Annual report of the Civil Veterinary Department, Bengal, for the year 1897-98 - 1897-1898
Year: 1897
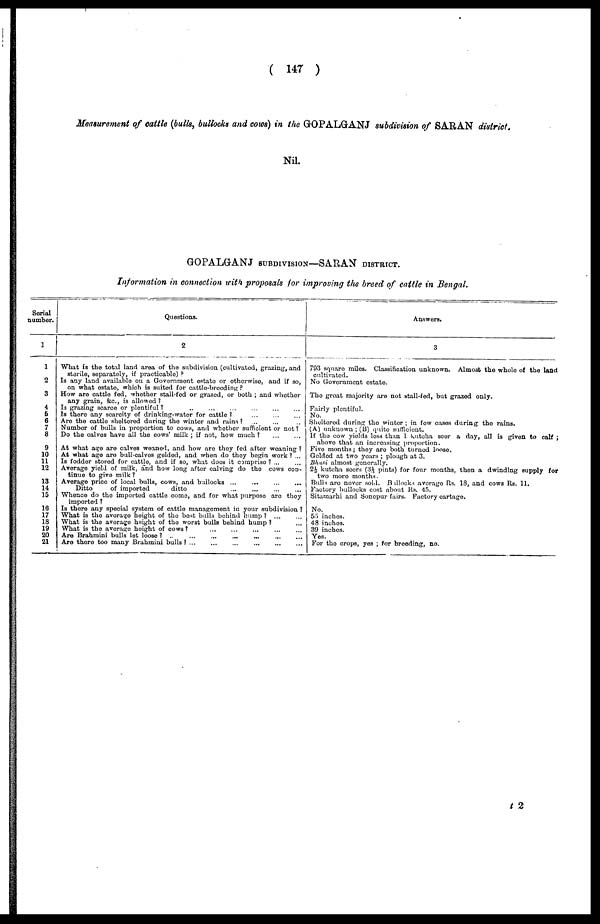
( 147 )
Measurement of cattle (bulls, bullocks and cows) in the GOPALGANJ subdivision of SARAN district.
Nil.
GOPALGANJ SUBDIVISION—SARAN DISTRICT.
Information in connection with proposals for improving the breed of cattle in Bengal.
Serial
number.
1
1
2
3
4
5
6
7
8
9
10
11
12
13
14
15
16
17
18
19
20
21
Questions.
2
What is the total land area of the subdivision (cultivated, grazing, and
sterile, separately, if practicable) ?
Is any land available on a Government estate or otherwise, and if so,
on what estate, which is suited for cattle-breeding ?
How are cattle fed, whether stall-fed or grazed, or both ; and whether
any grain, &c., is allowed ?
13 grazing scarce or plentiful?
...
...
...
...
...
Is there any scarcity of drinking-water for cattle ?
...
...
...
Are the cattle sheltered during the winter and rains? ... ... ...
Number of bulls in proportion to cows, and whether sufficient or not ?
Do the calves have all the cows' milk ; if not, how much?
...
...
At what age are calves weaned, and how are they fed after weaning ?
At what age are bull-calves gelded, and when do they begin work ? ...
Is fodder stored for cattle, and if so, what does it comprise ? ... ...
Average yield of milk, and how long after calving do the cows con
tinue to give milk ?
Average price of local bulls, cows, and bullocks ...
Ditto
of imported
ditto
Whence do the imported cattle come, and for what purpose are they
imported ?
Is there any special system of cattle management in your subdivision ?
What is the average height of the best bulls behind hump?
...
...
What is the average height of the worst bulls behind hump ? ...
What is the average height of cows? ... ... ... ... ...
Are Brahmini bulls let loose ? ...
...
...
...
...
...
...
...
Are there too many Brahmini bulls ? ... ... ... ... ... ... ...
Answers.
3
793 square miles. Classification unknown. Almost the whole of the land
cultivated.
No Government estate.
The groat majority are not stall-fed, but grazed only.
Fairly plentiful.
No.
Sheltered during the winter ; in few cases during the rains.
(A) unknown ; (13) quite sufficient.
If the cow yields less than 1 kutcha seer a day, all is given to calf ;
above that an increasing proportion.
Five months; they are both turned loose.
Golded at two years ; plough at 3.
Bhusi almost generally.
2½ kutcha soors (3⅓ pints) for four months, then a dwinding supply for
two more months.
Bulls are never sold. Bullocks average Rs. 18, and cows Rs. 11.
Factory bullocks cost about Rs. 45.
Sitamarhi and Sonepur fairs. Factory cartage.
No.
55 inches.
48 inches.
39 inches.
Yes.
For the crops, yes ; for breeding, no.
t 2